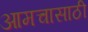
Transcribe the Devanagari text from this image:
आमचासाठी